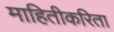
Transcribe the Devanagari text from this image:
माहितीकरिता